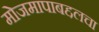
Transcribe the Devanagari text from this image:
मोजमापाबद्दलचा